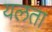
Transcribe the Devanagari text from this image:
यलता